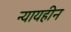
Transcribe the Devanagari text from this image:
न्यायहीन